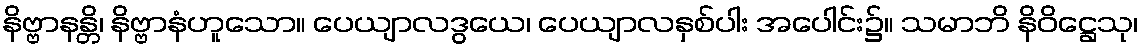
နိဗ္ဗာနန္တိ၊ နိဗ္ဗာနံဟူသော။ ပေယျာလဒွယေ၊ ပေယျာလနှစ်ပါး အပေါင်း၌။ သမာဘိ နိဝိဋ္ဌေသု၊